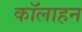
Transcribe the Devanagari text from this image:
कॉलाहन